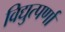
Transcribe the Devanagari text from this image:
विद्युत्पर्णा